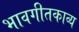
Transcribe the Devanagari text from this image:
भावगीतकाव्य